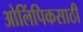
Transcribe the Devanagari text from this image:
ओलिंपिकसाठी